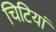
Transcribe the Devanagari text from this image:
चिटियां